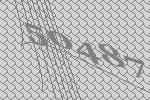
50487